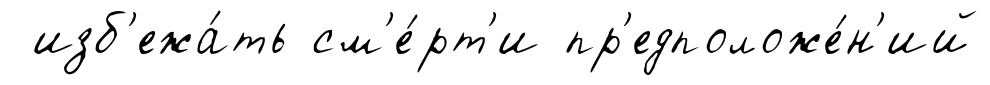
изб'ежа́ть см'е́рт'и пр'едположе́н'ий